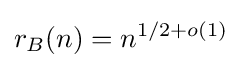
r_{B}(n)=n^{1/2+o(1)}